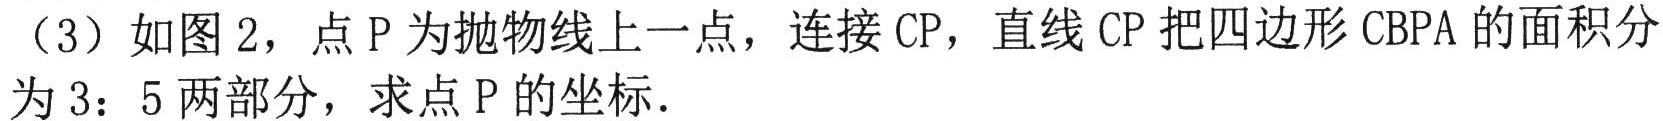
（3）如图2，点P为抛物线上一点，连接CP，直线CP把四边形CBPA的面积分为3：5两部分，求点P的坐标．